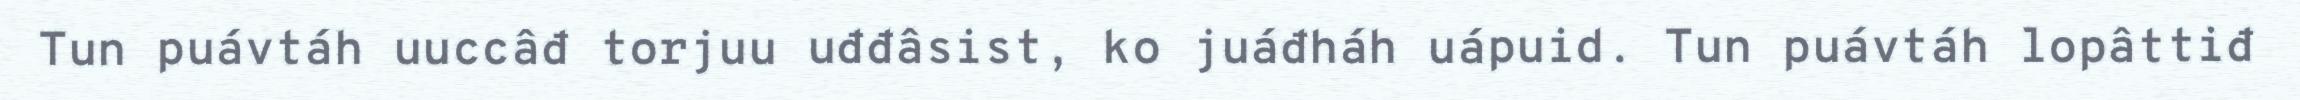
Tun puávtáh uuccâđ torjuu uđđâsist, ko juáđháh uápuid. Tun puávtáh lopâttiđ